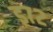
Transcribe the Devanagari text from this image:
इ७२